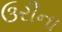
ઉરીના